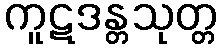
ကူဋဒန္တသုတ္တ